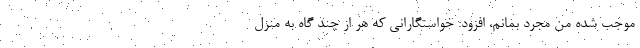
موجب شده من مجرد بمانم، افزود: خواستگارانی که هر از چند گاه به منزل